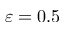
\varepsilon = 0 . 5